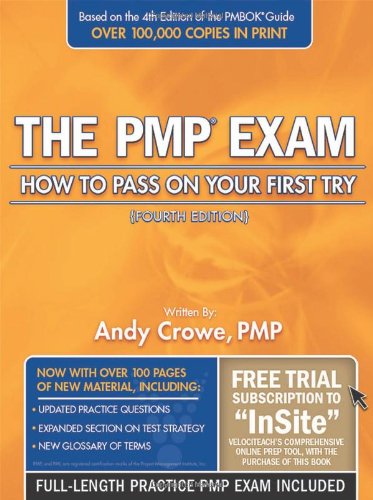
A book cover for The PMP Exam: How to Pass on Your First Try, Fourth Edition; Andy Crowe PMP  PgMP; Test Preparation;